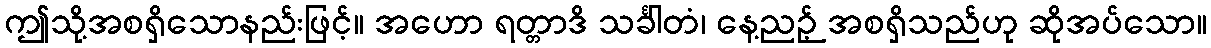
ဤသို့အစရှိသောနည်းဖြင့်။ အဟော ရတ္တာဒိ သင်္ခါတံ၊ နေ့ညဉ့် အစရှိသည်ဟု ဆိုအပ်သော။